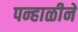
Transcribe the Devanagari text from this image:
पन्हाळीने